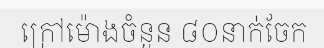
ក្រៅម៉ោងចំនួន ៨០នាក់ចែក